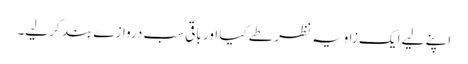
اپنے لیے ایک زاویہ نظر طے کیا اور باقی سب دروازے بند کر لیے۔